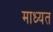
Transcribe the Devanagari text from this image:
माध्यत